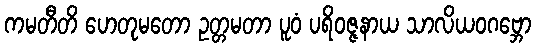
ကမတီတိ ဟေတုမတော ဥတ္တမတာ ပူဝံ ပရိဝဇ္ဇနာယ သာလိယဝဂဗ္ဘော